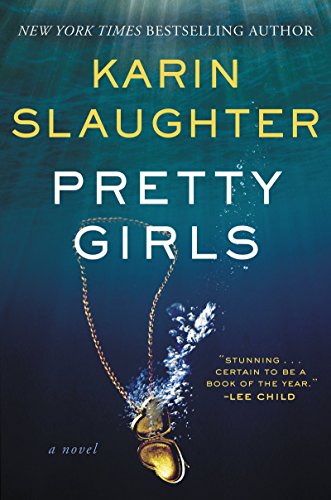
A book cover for Pretty Girls: A Novel; Karin Slaughter; Mystery, Thriller & Suspense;